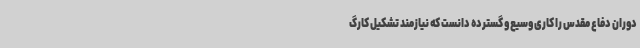
دوران دفاع مقدس را کاری وسیع و گسترده دانست که نیازمند تشکیل کارگ